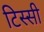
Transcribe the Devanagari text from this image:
टिस्सी